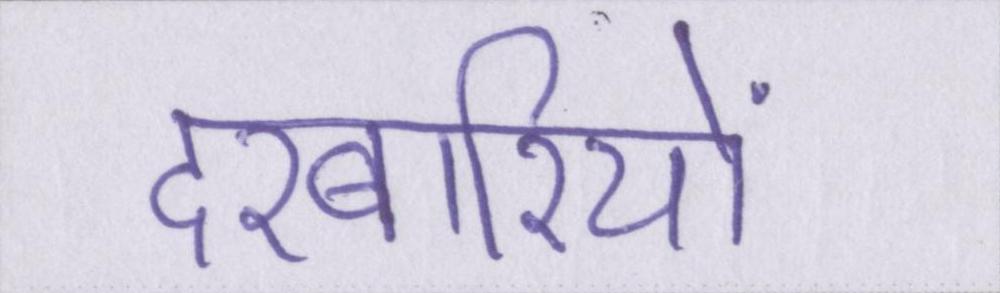
दरबारियों